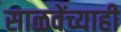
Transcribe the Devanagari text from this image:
साळवेंच्याही